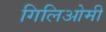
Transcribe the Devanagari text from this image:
गिलिओमी